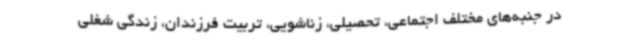
در جنبه‌های مختلف اجتماعی، تحصیلی، زناشویی، تربیت فرزندان، زندگی شغلی